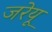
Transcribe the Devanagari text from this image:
जरेयू